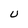
Character: U